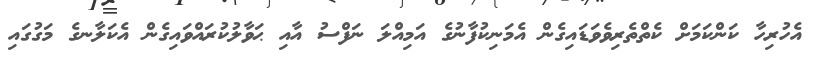
އެހުރިހާ ކަންކަމަށް ކެތްތެރިވެވަޑައިގެން އެމަނިކުފާނުގެ އަމިއްލަ ނަފްސު އާއި ޙަވާލުކުރައްވައިގެން އެކަލާނގެ މަގުގައި